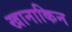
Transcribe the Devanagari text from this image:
खानाकिन